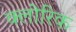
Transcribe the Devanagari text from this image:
क्लोरिक